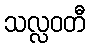
သလ္လဝတီ